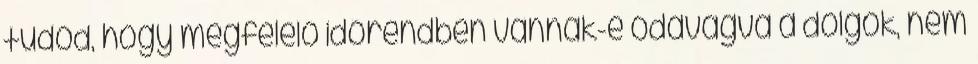
tudod, hogy megfelelő időrendben vannak-e odavágva a dolgok, nem